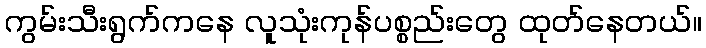
ကွမ်းသီးရွက်ကနေ လူသုံးကုန်ပစ္စည်းတွေ ထုတ်နေတယ်။